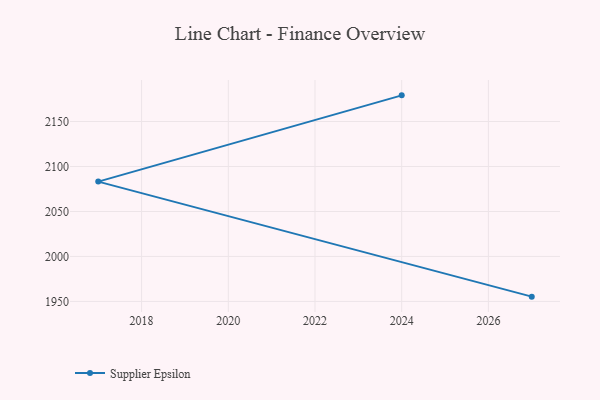
{"axis": {"x": "Year", "y": "Market Share (%)"}, "legend": ["Supplier Epsilon"], "data": [{"x": "2027", "y": 1955.3, "type": "Supplier Epsilon"}, {"x": "2017", "y": 2083.2, "type": "Supplier Epsilon"}, {"x": "2024", "y": 2179.1, "type": "Supplier Epsilon"}]}